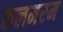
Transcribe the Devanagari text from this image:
कलमरम